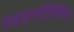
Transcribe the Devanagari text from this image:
पंचाहत्तरीनिमित्त